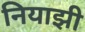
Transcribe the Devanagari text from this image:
नियाझी